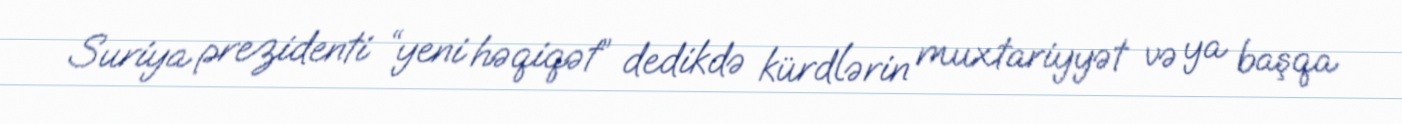
Suriya prezidenti “yeni həqiqət” dedikdə kürdlərin muxtariyyət və ya başqa